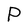
Character: P